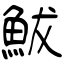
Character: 鮁